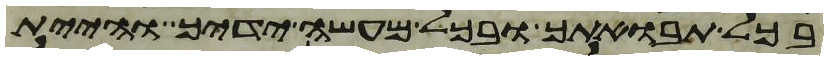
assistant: בכל תבואתך ובכל מעשה ידיך והיית